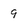
Character: 9